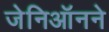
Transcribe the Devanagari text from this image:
जेनिऑनने